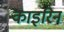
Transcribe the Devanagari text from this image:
काइरिन